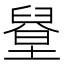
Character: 𦦋